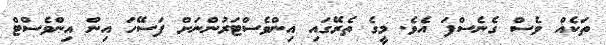
ތަކެއް ވެސް ގެނެސްފަ އެވެ. މީގެ ތެރޭގައި އިންވެސްޓަރުންނަށް ފަސޭހަ އިން އިންވެސްޓް